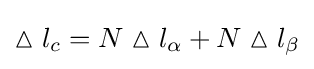
\vartriangle l_{c}=N\vartriangle l_{\alpha }+N\vartriangle l_{\beta }